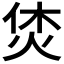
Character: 𤈢